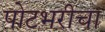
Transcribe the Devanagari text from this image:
पोटभरीचा